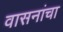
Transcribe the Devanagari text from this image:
वासनांचा